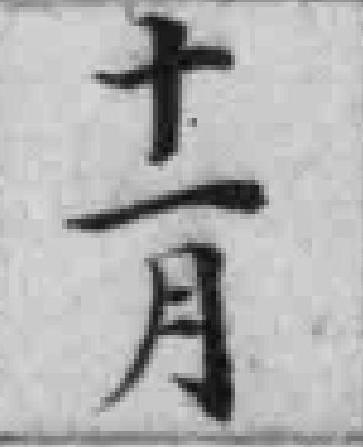
十一月